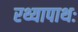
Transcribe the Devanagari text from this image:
रथ्यापाथः